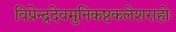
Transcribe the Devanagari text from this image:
विप्रेन्द्रदेवमुनिकष्टकलेशराहोः